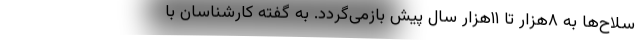
سلاح‌ها به ۸هزار تا ۱۱هزار سال پیش بازمی‌گردد. به گفته کارشناسان با